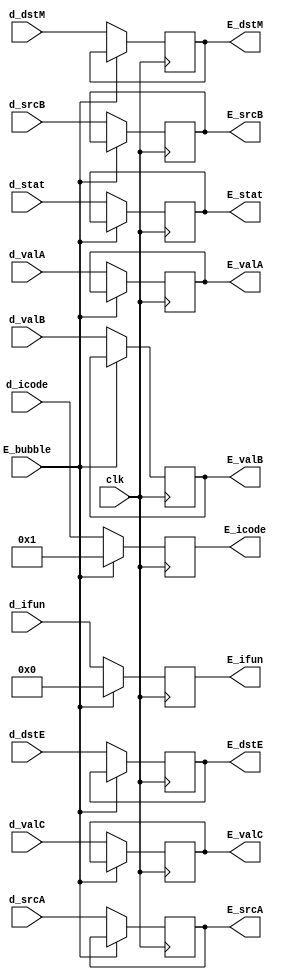
`define INOP 1
`define FNONE 0

module E_Reg(E_stat, E_icode, E_ifun, E_valC, E_valA, E_valB, E_dstE, E_dstM, E_srcA, E_srcB, d_stat, d_icode, d_ifun, d_valC, d_valA, d_valB, d_dstE, d_dstM, d_srcA, d_srcB, E_bubble, clk);
    output reg [2:0] E_stat;
    output reg [3:0] E_icode;
    output reg [3:0] E_ifun;
    output reg [63:0] E_valC;
    output reg [63:0] E_valA;
    output reg [63:0] E_valB;
    output reg [3:0] E_dstE;
    output reg [3:0] E_dstM;
    output reg [3:0] E_srcA;
    output reg [3:0] E_srcB;
    input [2:0] d_stat;
    input [3:0] d_icode;
    input [3:0] d_ifun;
    input [63:0] d_valC;
    input [63:0] d_valA;
    input [63:0] d_valB;
    input [3:0] d_dstE;
    input [3:0] d_dstM;
    input [3:0] d_srcA;
    input [3:0] d_srcB;
    input E_bubble;
    input clk;

    always @(posedge clk)
    begin
      if (E_bubble != 1)
      begin
        E_stat = d_stat;
        E_icode = d_icode;
        E_ifun = d_ifun;
        E_valC = d_valC;
        E_valA = d_valA;
        E_valB = d_valB;
        E_dstE = d_dstE;
        E_dstM = d_dstM;
        E_srcA = d_srcA;
        E_srcB = d_srcB;
      end
      else
      begin
        E_icode = `INOP;
        E_ifun = `FNONE;
      end
    end
endmodule